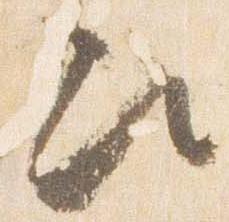
次